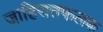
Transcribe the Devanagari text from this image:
जाहिरातफलक